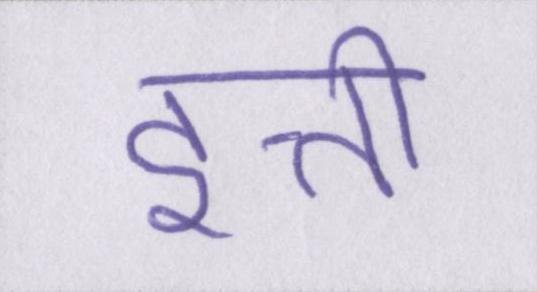
इत्ती